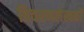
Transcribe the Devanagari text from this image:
विवरणलेखकों